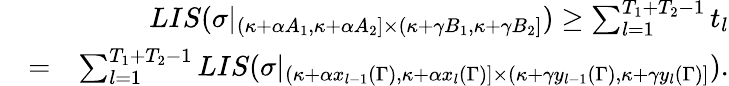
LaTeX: \begin{array}{rlr}&{}&{LIS(\sigma|_{(\kappa+\alpha A_{1},\kappa+\alpha A_{2}]\times(\kappa+\gamma B_{1},\kappa+\gamma B_{2}]})\geq\sum_{l=1}^{T_{1}+T_{2}-1}t_{l}}\\ &{=}&{\sum_{l=1}^{T_{1}+T_{2}-1}LIS(\sigma|_{(\kappa+\alpha x_{l-1}(\Gamma),\kappa+\alpha x_{l}(\Gamma)]\times(\kappa+\gamma y_{l-1}(\Gamma),\kappa+\gamma y_{l}(\Gamma)]}).}\end{array}